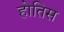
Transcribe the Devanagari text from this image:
होतिस